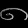
Digit: ၈